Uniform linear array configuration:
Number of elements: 16
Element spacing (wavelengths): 0.25
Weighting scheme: cosine
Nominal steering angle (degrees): -60
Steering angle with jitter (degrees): -59.011
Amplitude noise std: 0.05
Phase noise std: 0.05

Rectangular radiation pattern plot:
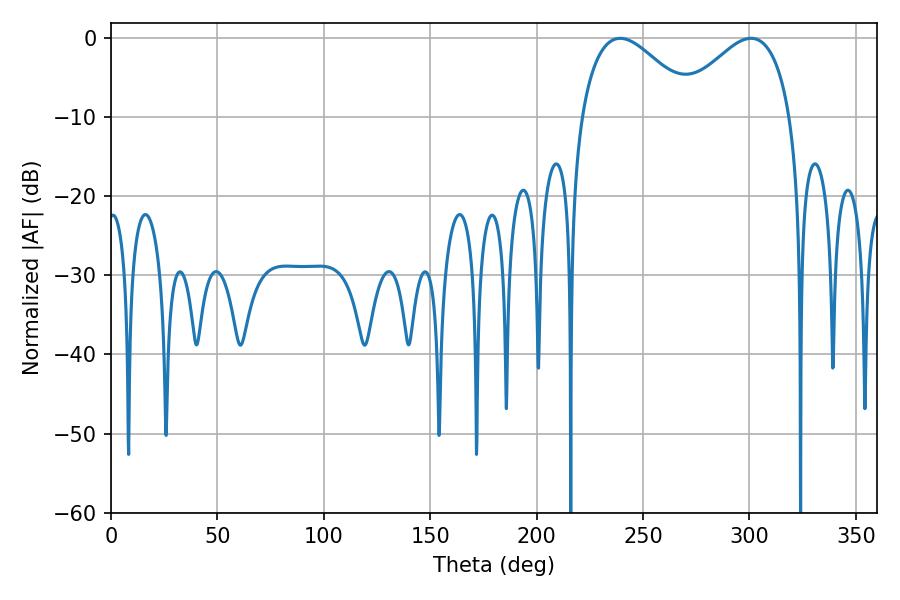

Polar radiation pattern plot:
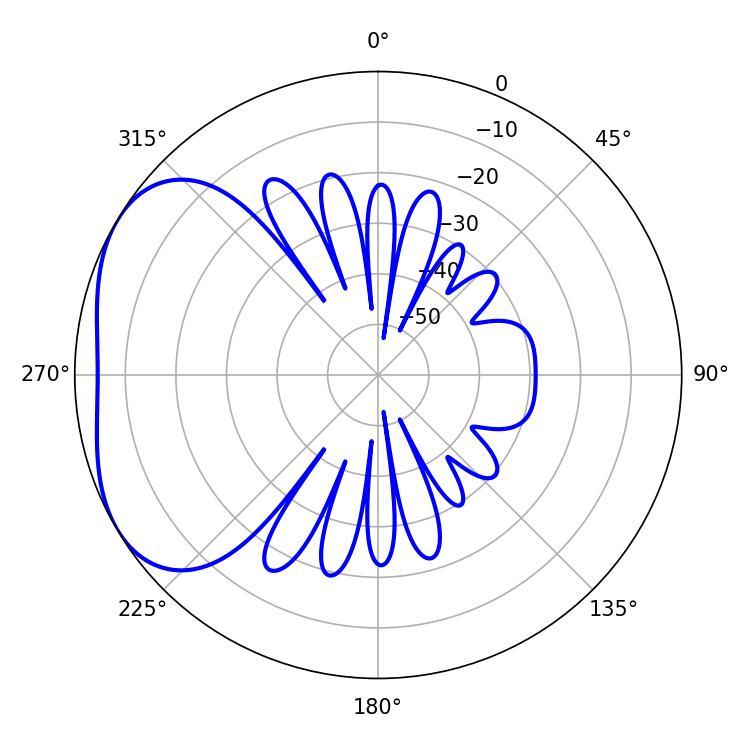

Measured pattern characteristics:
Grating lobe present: FALSE
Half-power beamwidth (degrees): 29.34
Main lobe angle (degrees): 239.22